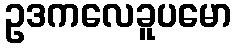
ဥဒကလေခူပမော